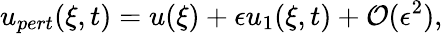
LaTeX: u_{pert}(\xi,t)=u(\xi)+\epsilon u_{1}(\xi,t)+\mathcal{O}(\epsilon^{2}),